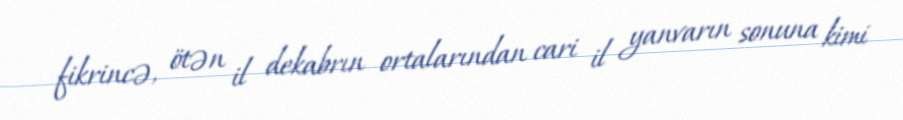
fikrincə, ötən il dekabrın ortalarından cari il yanvarın sonuna kimi